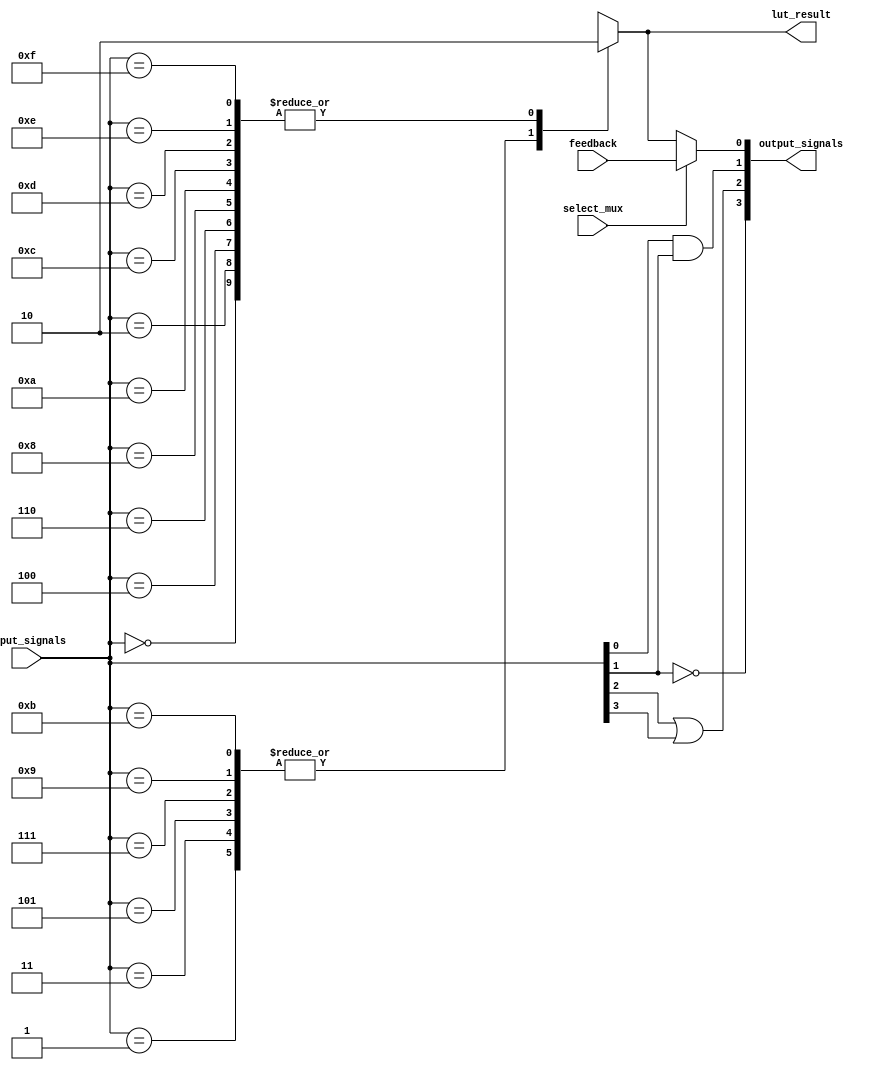
module CLB (
    input wire [3:0] input_signals,  // 4 input signals
    input wire select_mux,            // MUX control signal
    input wire feedback,              // Feedback path input
    output wire [3:0] output_signals, // 4 output signals
    output wire lut_result            // Result from LUT logic function
);

// Configuration memory for LUT (example: 16 values for 4 inputs)
reg [15:0] lut_memory;

// Logic function using a LUT
always @(*) begin
    case (input_signals)
        4'b0000: lut_result = lut_memory[0];
        4'b0001: lut_result = lut_memory[1];
        4'b0010: lut_result = lut_memory[2];
        4'b0011: lut_result = lut_memory[3];
        4'b0100: lut_result = lut_memory[4];
        4'b0101: lut_result = lut_memory[5];
        4'b0110: lut_result = lut_memory[6];
        4'b0111: lut_result = lut_memory[7];
        4'b1000: lut_result = lut_memory[8];
        4'b1001: lut_result = lut_memory[9];
        4'b1010: lut_result = lut_memory[10];
        4'b1011: lut_result = lut_memory[11];
        4'b1100: lut_result = lut_memory[12];
        4'b1101: lut_result = lut_memory[13];
        4'b1110: lut_result = lut_memory[14];
        4'b1111: lut_result = lut_memory[15];
        default: lut_result = 1'b0; // Default case
    endcase
end

// MUX implementation for selecting between feedback, LUT result
assign output_signals[0] = select_mux ? feedback : lut_result;

// Generate additional output signals (custom logic)
assign output_signals[1] = input_signals[0] & input_signals[1]; // Example AND
assign output_signals[2] = input_signals[2] | input_signals[3]; // Example OR
assign output_signals[3] = ~input_signals[1];                     // Example NOT

// Initializing LUT memory (to be customized)
initial begin
    // Example initialization of LUT
    lut_memory = 16'b0000101010101010; // Custom LUT values
end

endmodule